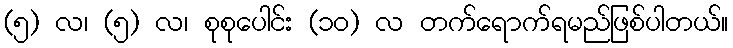
(၅) လ၊ (၅) လ၊ စုစုပေါင်း (၁၀) လ တက်ရောက်ရမည်ဖြစ်ပါတယ်။